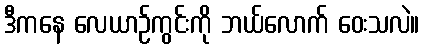
ဒီကနေ လေယာဉ်ကွင်းကို ဘယ်လောက် ဝေးသလဲ။